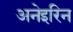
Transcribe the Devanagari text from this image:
अनेइरिन